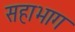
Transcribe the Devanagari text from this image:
सहाभाग